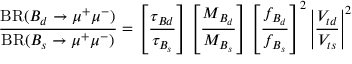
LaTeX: \frac { \mathrm { B R } ( B _ { d } \to \mu ^ { + } \mu ^ { - } ) } { \mathrm { B R } ( B _ { s } \to \mu ^ { + } \mu ^ { - } ) } = \left[ \frac { \tau _ { B d } } { \tau _ { B _ { s } } } \right] \left[ \frac { M _ { B _ { d } } } { M _ { B _ { s } } } \right] \left[ \frac { f _ { B _ { d } } } { f _ { B _ { s } } } \right] ^ { 2 } \left| \frac { V _ { t d } } { V _ { t s } } \right| ^ { 2 }